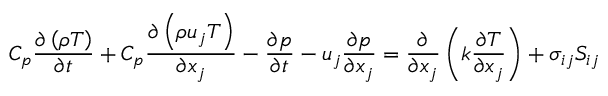
C _ { p } \frac { \partial \left( \rho T \right) } { \partial t } + C _ { p } \frac { \partial \left( \rho u _ { j } T \right) } { \partial x _ { j } } - \frac { \partial p } { \partial t } - u _ { j } \frac { \partial p } { \partial x _ { j } } = \frac { \partial } { \partial x _ { j } } \left( k \frac { \partial T } { \partial x _ { j } } \right) + \sigma _ { i j } S _ { i j }